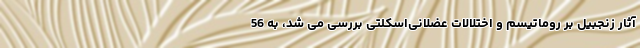
آثار زنجبیل بر روماتیسم و اختلالات عضلانی‌اسکلتی بررسی می شد، به 56